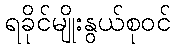
ရခိုင်မျိုးနွယ်စုဝင်